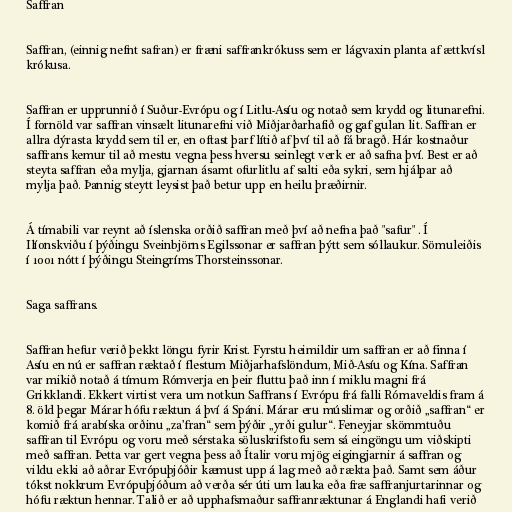
Saffran

Saffran, (einnig nefnt safran) er fræni saffrankrókuss sem er lágvaxin planta af ættkvísl
krókusa.

Saffran er upprunnið í Suður-Evrópu og í Litlu-Asíu og notað sem krydd og litunarefni.
Í fornöld var saffran vinsælt litunarefni við Miðjarðarhafið og gaf gulan lit. Saffran er
allra dýrasta krydd sem til er, en oftast þarf lítið af því til að fá bragð. Hár kostnaður
saffrans kemur til að mestu vegna þess hversu seinlegt verk er að safna því. Best er að
steyta saffran eða mylja, gjarnan ásamt ofurlitlu af salti eða sykri, sem hjálpar að
mylja það. Þannig steytt leysist það betur upp en heilu þræðirnir.

Á tímabili var reynt að íslenska orðið saffran með því að nefna það "safur" . Í
Ilíonskviðu í þýðingu Sveinbjörns Egilssonar er saffran þýtt sem sóllaukur. Sömuleiðis
í 1001 nótt í þýðingu Steingríms Thorsteinssonar.

Saga saffrans.

Saffran hefur verið þekkt löngu fyrir Krist. Fyrstu heimildir um saffran er að finna í
Asíu en nú er saffran ræktað í flestum Miðjarhafslöndum, Mið-Asíu og Kína. Saffran
var mikið notað á tímum Rómverja en þeir fluttu það inn í miklu magni frá
Grikklandi. Ekkert virtist vera um notkun Saffrans í Evrópu frá falli Rómaveldis fram á
8. öld þegar Márar hófu ræktun á því á Spáni. Márar eru múslimar og orðið „saffran“ er
komið frá arabíska orðinu „za’fran“ sem þýðir „yrði gulur“. Feneyjar skömmtuðu
saffran til Evrópu og voru með sérstaka söluskrifstofu sem sá eingöngu um viðskipti
með saffran. Þetta var gert vegna þess að Ítalir voru mjög eigingjarnir á saffran og
vildu ekki að aðrar Evrópuþjóðir kæmust upp á lag með að rækta það. Samt sem áður
tókst nokkrum Evrópuþjóðum að verða sér úti um lauka eða fræ saffranjurtarinnar og
hófu ræktun hennar. Talið er að upphafsmaður saffranræktunar á Englandi hafi verið